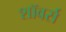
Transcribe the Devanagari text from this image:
शॉवर्स